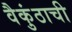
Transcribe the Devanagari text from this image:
वैकुंठाची